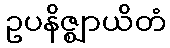
ဥပနိဇ္ဈာယိတံ